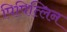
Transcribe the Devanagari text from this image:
पिपित्लिन